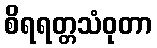
စိရရတ္တသံဝုတာ